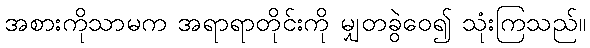
အစားကိုသာမက အရာရာတိုင်းကို မျှတခွဲဝေ၍ သုံးကြသည်။